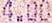
4.00